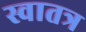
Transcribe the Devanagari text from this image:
स्वातत्र